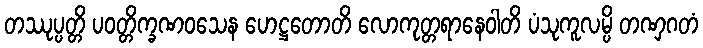
တဿုပ္ပတ္တိ ပဝတ္တိက္ခဏဝသေန ဟေဋ္ဌတောတိ လောကုတ္တရာနေဝါတိ ပံသုကူလမ္ပိ တဏှဂတံ